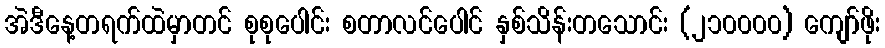
အဲဒီနေ့တရက်ထဲမှာတင် စုစုပေါင်း စတာလင်ပေါင် နှစ်သိန်းတသောင်း (၂၁၀၀၀၀) ကျော်ဖိုး